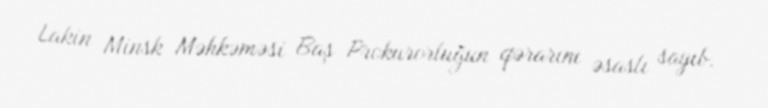
Lakin Minsk Məhkəməsi Baş Prokurorluğun qərarını əsaslı sayıb.